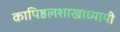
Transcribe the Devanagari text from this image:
कापिष्ठलशाखाध्यायी